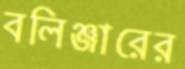
বলিঞ্জারের